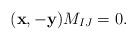
LaTeX: \begin{align*}(\mathbf{x}, -\mathbf{y} )M_{IJ}=0.\end{align*}